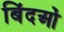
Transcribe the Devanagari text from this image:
बिंदओं